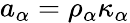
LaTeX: a_{\alpha}=\rho_{\alpha}\kappa_{\alpha}